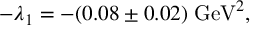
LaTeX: - \lambda _ { 1 } = - ( 0 . 0 8 \pm 0 . 0 2 ) \; \mathrm { G e V } ^ { 2 } ,